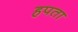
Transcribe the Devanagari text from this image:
हपता